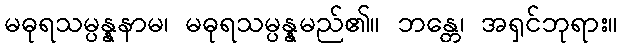
မဓုရသမ္ပန္နနာမ၊ မဓုရသမ္ပန္နမည်၏။ ဘန္တေ၊ အရှင်ဘုရား။